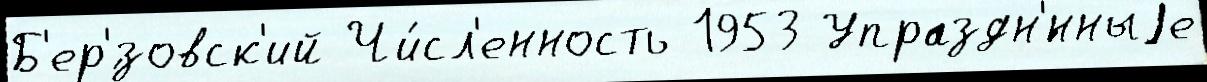
Б'ер'́зовск'ий Чи́сл'енность 1953 Упраздн'́нныjе